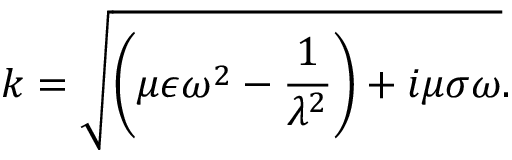
k = \sqrt { \bigg ( \mu \epsilon \omega ^ { 2 } - \frac { 1 } { \lambda ^ { 2 } } \bigg ) + i \mu \sigma \omega } .